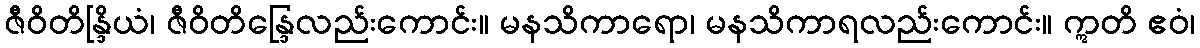
ဇီဝိတိန္ဒြိယံ၊ ဇီဝိတိန္ဒြေလည်းကောင်း။ မနသိကာရော၊ မနသိကာရလည်းကောင်း။ ဣတိ ဧဝံ၊